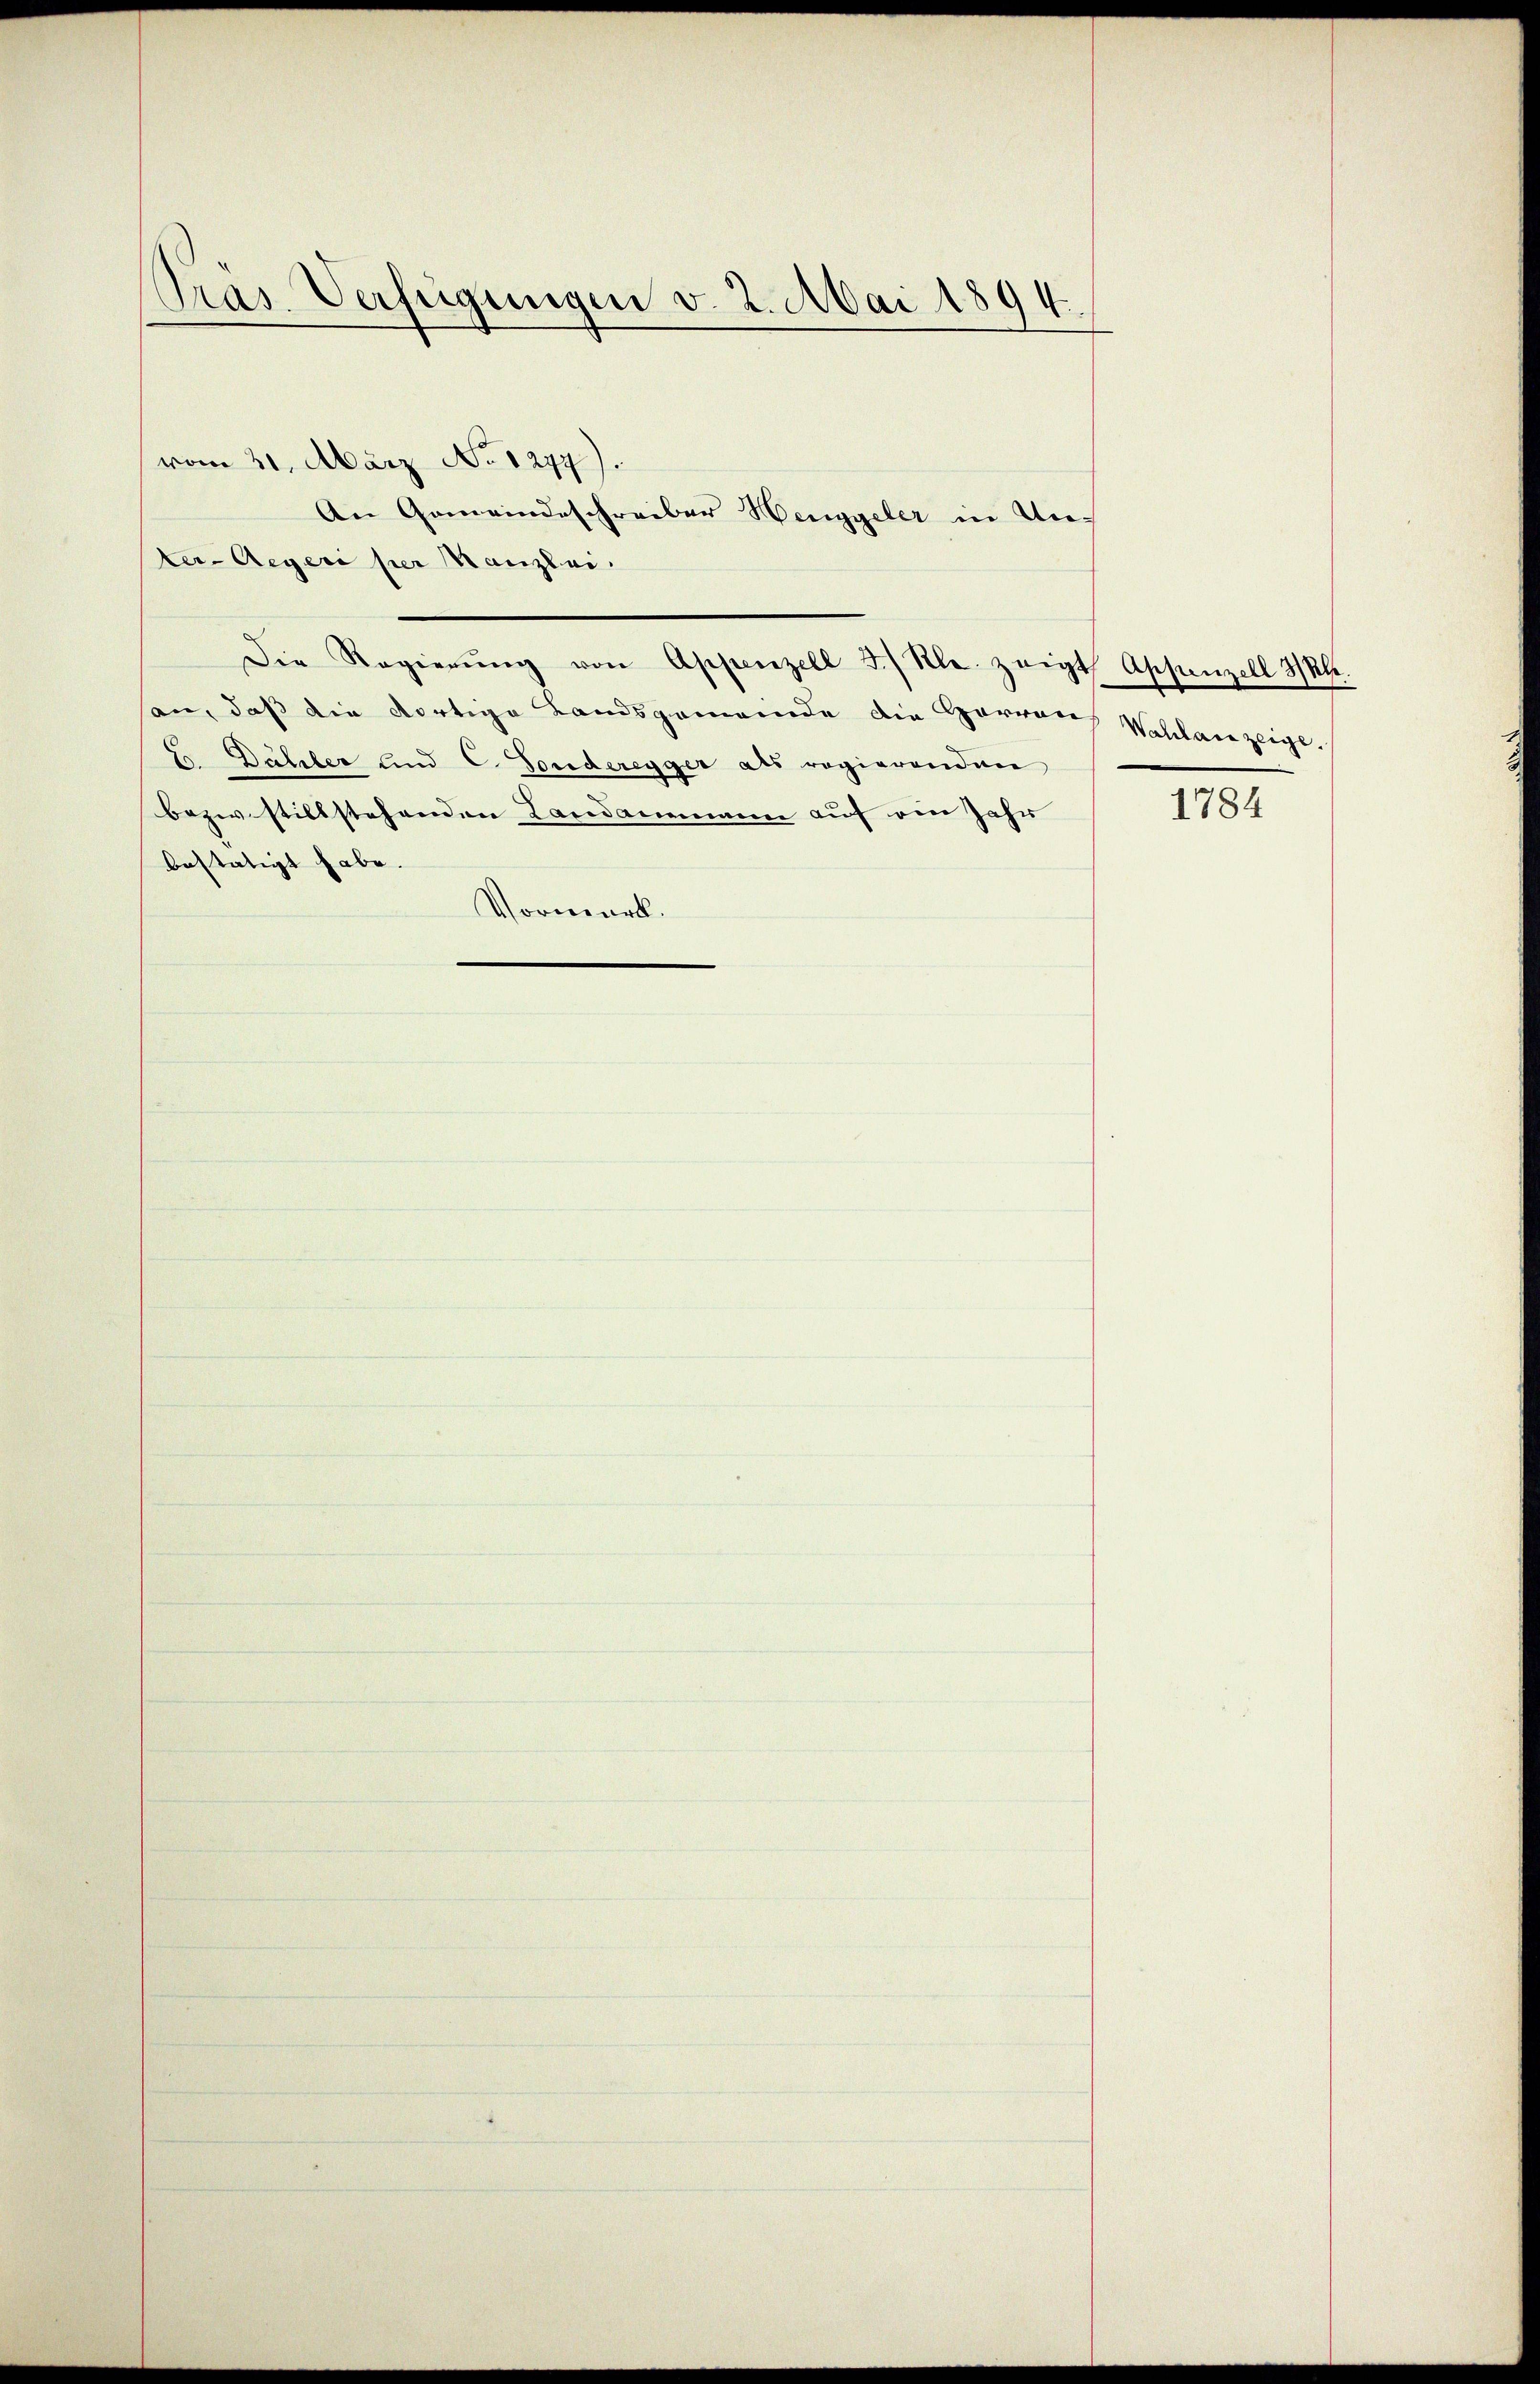
Pras Verfügungen v. 2. Mai 1894.

vom 21. März No 1277).
An Gemeindeschreiber Henggeler in Unter-Aegeri per Kanzlei.
san, daß die dortige Landsgemeinde die Herren Wahlanzeige.
E. Dähler und C. Fonderegger als regierundner
bezw. stillstehenden Landammann auf ein Jahr
bestätigt habe.
Vormerk.

Die Regierŭng von Appenzell 3/ Rle zeigt Appenzell 3/4.

1784